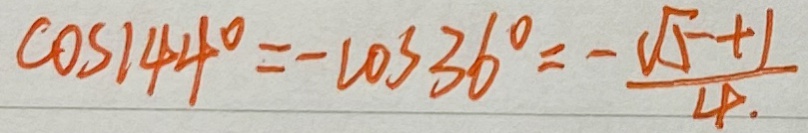
\cos 1 4 4 ^ { \circ } = - \cos 3 6 ^ { \circ } = \frac { \sqrt { 5 } + 1 } { 4 . }